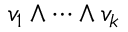
v _ { 1 } \wedge \dots \wedge v _ { k }